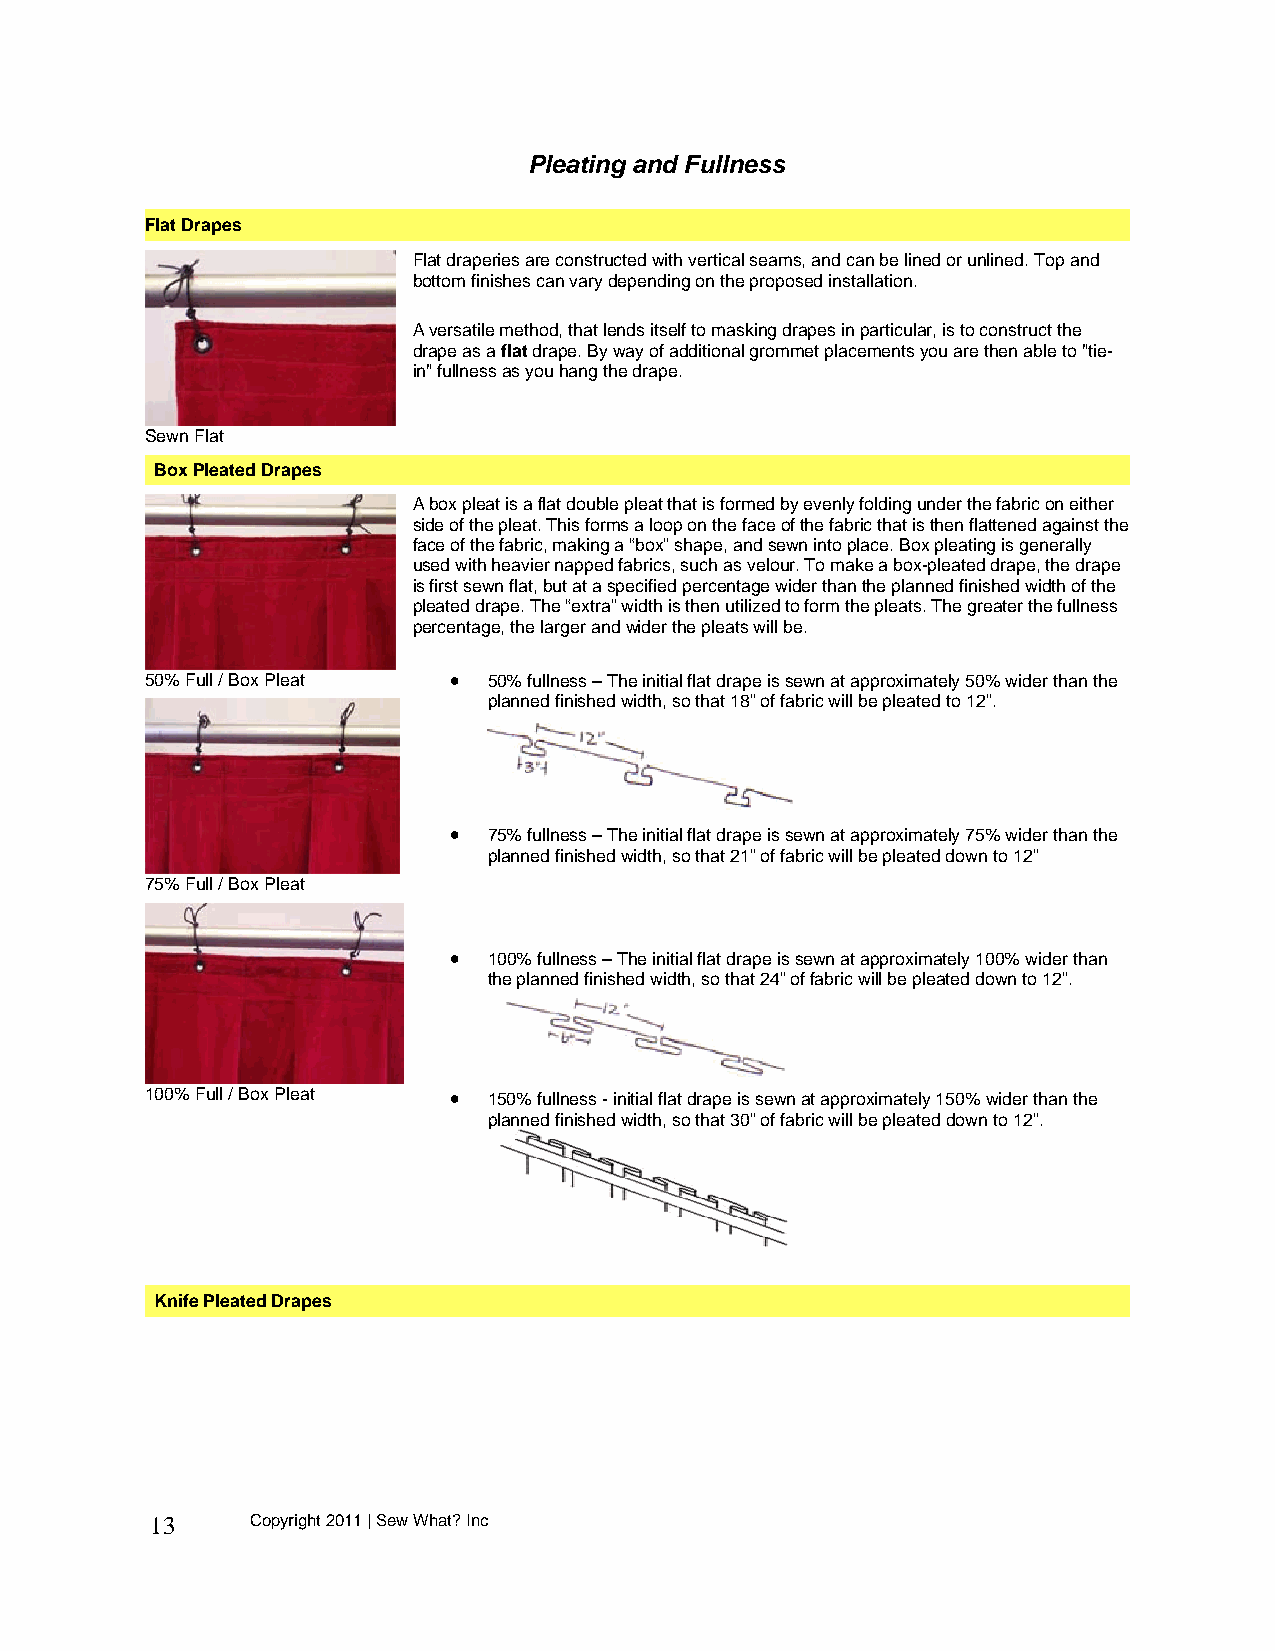
Pleating and Fullness
 Flat Drapes
 Flat draperies are constructed with vertical seams, and can be lined or unlined. Top and
 bottom finishes can vary depending on the proposed installation.
 A versatile method, that lends itself to masking drapes in particular, is to construct the
 drape as a flat drape. By way of additional grommet placements you are then able to "tie-
 in" fullness as you hang the drape.
 Sewn Flat
 Box Pleated Drapes
 A box pleat is a flat double pleat that is formed by evenly folding under the fabric on either
 side of the pleat. This forms a loop on the face of the fabric that is then flattened against the
 face of the fabric, making a “box” shape, and sewn into place. Box pleating is generally
 used with heavier napped fabrics, such as velour. To make a box-pleated drape, the drape
 is first sewn flat, but at a specified percentage wider than the planned finished width of the
 pleated drape. The “extra” width is then utilized to form the pleats. The greater the fullness
 percentage, the larger and wider the pleats will be.
 50% Full / Box Pleat  50% fullness – The initial flat drape is sewn at approximately 50% wider than the
 planned finished width, so that 18” of fabric will be pleated to 12”.
  75% fullness – The initial flat drape is sewn at approximately 75% wider than the
 planned finished width, so that 21” of fabric will be pleated down to 12”
 75% Full / Box Pleat
  100% fullness – The initial flat drape is sewn at approximately 100% wider than
 the planned finished width, so that 24” of fabric will be pleated down to 12”.
 100% Full / Box Pleat  150% fullness - initial flat drape is sewn at approximately 150% wider than the
 planned finished width, so that 30” of fabric will be pleated down to 12”.
 Knife Pleated Drapes
 13     Copyright 2011 | Sew What? Inc